Regulations for the medical services of the Army of India
Year: 1930
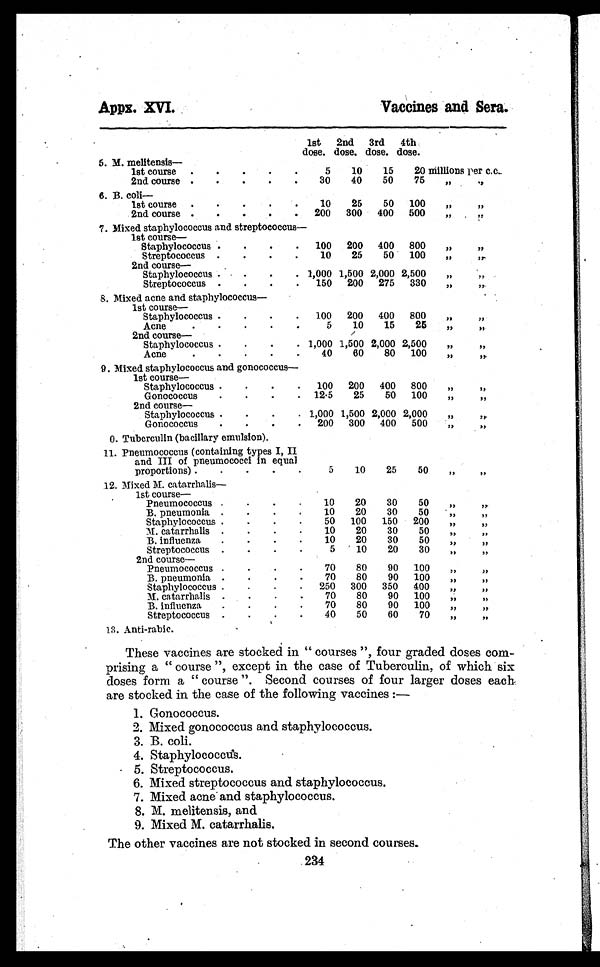
Appx. XVI.
Vaccines and Sera.
1st
dose.
2nd
dose.
3rd
dose.
4th
dose.
5.
M.melitensis
—
1st course .
.
.
.
.
5 10 15 20 millions per c.c.
2nd course .
.
.
.
. 30 40 50 75
, ,
, ,
6. B.coli —
1st course .
.
.
.
.
10 25 50 100
, ,
, ,
2nd course .
.
.
.
. 200 300 400 500 „
„
7. Mi x e d s t a p h y l o c o c c u s a n d s t r e p t o c o c c u s —
1st course—
Staphylococcus .
.
.
. 100 200 400 800 „
„
Streptococcus .
.
.
.
10 25 50 100 „
„
2nd course—
Staphylococcus .
.
.
. 1,000 1,500 2,000 2,500 „
„
Streptococcus .
.
.
. 150 200 275 330 „
„
8. Mixed acne and staphylococcus
—
1st course—
Staphylococcus .
.
.
. 100 200 400 800 „
„
Acne
.
.
.
.
.
5 10 15 25
„ „
2nd course—
Staphylococcus .
.
.
. 1,000 1,500 2,000 2,500 „
„
Acne
.
.
.
. . 40 60 80 100 „
„
9. Mixed staphylococcus and gonococcu
s—
1st course—
Staphylococcus .
.
.
. 100 200 400 800 „
,,
Gonococcus
.
.
.
. 12. 5 25 50 100 „
, ,
2nd course—
Staphylococcus .
.
.
. 1,000 1,500 2,000 2,000
, , , ,
Gonococcus
.
.
.
. 200 300 400 500
, ,
, ,
0. Tuberculin (bacillary emulsion).
11. Pneumococcus (containing types I, II
and III of pneumococci in equal
proportions) .
.
.
.
.
5 10 25 50 „
„
12. Mixed M. catarrhalis
— 1st course—
Pneumococcus .
. .
.
10 20 30 50 „
„
B. pneumonia .
.
.
.
10 20 30 50
, ,
, ,
Staphylococcus .
.
.
.
50 100 150 200
„
„
M. catarrhalis .
.
.
.
10 20 30 50
„ „
B. influenza .
.
.
.
10 20 30 50 „
, ,
Streptococcus .
.
.
.
5 10 20 30 „
„
2nd course
—
Pneumococcus .
.
. .
70
8 0 90 100 „
, ,
B. pneumonia. .
.
.
.
70 80 90 100
„ „
Staphylococcus .
.
.
. 250 300 350 400 ,,
, ,
M. catarrhalis .
.
.
. 70 80 90 100
, , , ,
B. influenza .
.
.
.
70 80 90 100
„
, ,
Streptococcus .
.
.
.
40 50 60 70
„
„
13. Anti-rabic.
These vaccines are stocked in "courses", four graded doses com-
prising a "course", except in the case of Tuberculin, of which six
doses form a "course". Second courses of four larger doses each.
are stocked in the case of the following vaccines :—
1. Gonococcus.
2. Mixed gonococcus and staphylococcus.
3. B. coli.
4. Staphylococcus.
5. Streptococcus.
6. Mixed streptococcus and staphylococcus.
7. Mixed acne and staphylococcus.
8. M. melitensis, and
9. Mixed M. catarrhalis.
The other vaccines are not stocked in second courses.
234